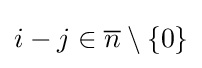
i-j\in {\overline {n}}\setminus \left\{0\right\}